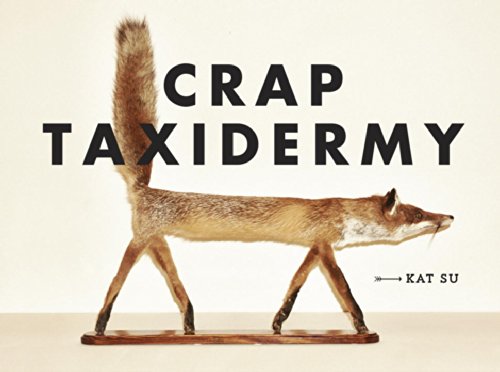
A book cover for Crap Taxidermy; Kat Su; Humor & Entertainment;